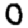
Digit: 0